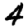
Digit: 4